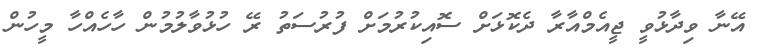
އޭނާ ވިދާޅުވީ ޖީއެމްއާރާ ދެކޮޅަށް ސޮއިކުރުމަށް ފުރުސަތު ރޭ ހުޅުވާލުމުން ހާހެއްހާ މީހުން